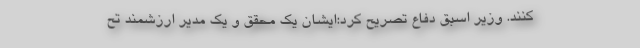
کنند. وزیر اسبق دفاع تصریح کرد:ایشان یک محقق و یک مدیر ارزشمند تح